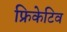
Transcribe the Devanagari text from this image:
फ्रिकेटिव